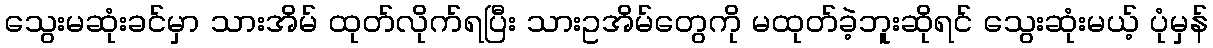
သွေးမဆုံးခင်မှာ သားအိမ် ထုတ်လိုက်ရပြီး သားဥအိမ်တွေကို မထုတ်ခဲ့ဘူးဆိုရင် သွေးဆုံးမယ့် ပုံမှန်